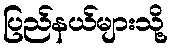
ပြည်နယ်များသို့